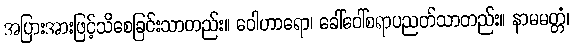
အပြားအားဖြင့်သိစေခြင်းသာတည်း။ ဝေါဟာရော၊ ခေါ်ဝေါ်စရာပညတ်သာတည်း။ နာမမတ္တံ၊